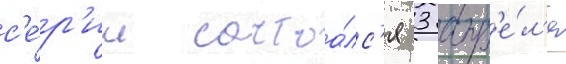
с'е́р'ии состоа́лс'я 3 апр'е́л'я